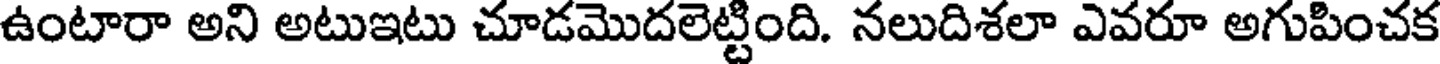
ఉంటారా అని అటుఇటు చూడమొదలెట్టింది. నలుదిశలా ఎవరూ అగుపించక